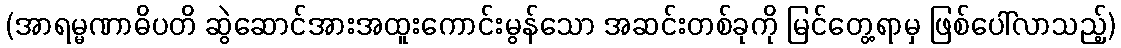
(အာရမ္မဏာဓိပတိ ဆွဲဆောင်အားအထူးကောင်းမွန်သော အဆင်းတစ်ခုကို မြင်တွေ့ရာမှ ဖြစ်ပေါ်လာသည့်)